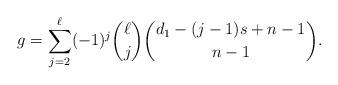
LaTeX: \begin{align*}g=\sum_{j=2}^\ell (-1)^j \binom{\ell}{j} \binom{d_1 - (j-1)s + n-1}{n-1}.\end{align*}